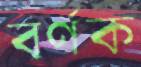
বর্ণক